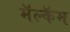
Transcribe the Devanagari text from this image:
मॅल्कॅम